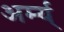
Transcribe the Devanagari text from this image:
अर्म्य्